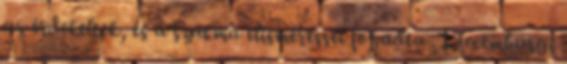
az érdekeltek, és a szakma elismeréssel fogadta . Luxemburgi